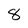
Character: 8